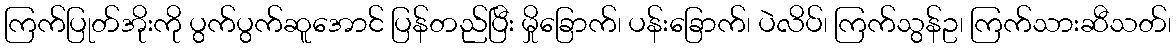
ကြက်ပြုတ်အိုးကို ပွက်ပွက်ဆူအောင် ပြန်တည်ပြီး မှိုခြောက်၊ ပန်းခြောက်၊ ပဲလိပ်၊ ကြက်သွန်ဥ၊ ကြက်သားဆီသတ်၊